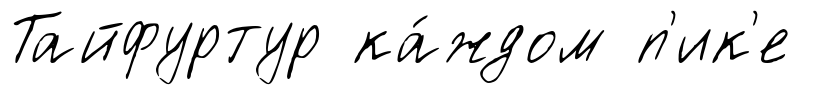
Тайфуртур ка́ждом п'ик'е